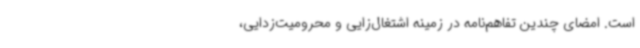
است. امضای چندین تفاهم‌نامه در زمینه اشتغال‌زایی و محرومیت‌زدایی،